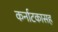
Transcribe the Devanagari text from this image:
कर्नाटकासह